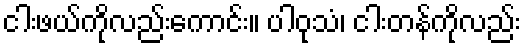
ငါးဖယ်ကိုလည်းကောင်း။ ပါဝုသံ၊ ငါးတန်ကိုလည်း